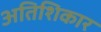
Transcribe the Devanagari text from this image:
अतिशिकार